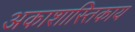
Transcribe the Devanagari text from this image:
अकाशास्तिकाय